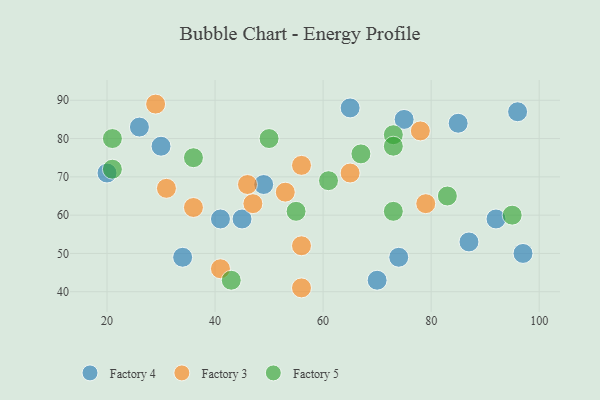
{"axis": {"x": "GDP", "y": "Life Expectancy"}, "legend": ["Factory 3", "Factory 4", "Factory 5"], "data": [{"x": "70", "y": 43, "type": "Factory 4"}, {"x": "87", "y": 53, "type": "Factory 4"}, {"x": "26", "y": 83, "type": "Factory 4"}, {"x": "49", "y": 68, "type": "Factory 4"}, {"x": "34", "y": 49, "type": "Factory 4"}, {"x": "20", "y": 71, "type": "Factory 4"}, {"x": "74", "y": 49, "type": "Factory 4"}, {"x": "92", "y": 59, "type": "Factory 4"}, {"x": "96", "y": 87, "type": "Factory 4"}, {"x": "30", "y": 78, "type": "Factory 4"}, {"x": "65", "y": 88, "type": "Factory 4"}, {"x": "41", "y": 59, "type": "Factory 4"}, {"x": "97", "y": 50, "type": "Factory 4"}, {"x": "75", "y": 85, "type": "Factory 4"}, {"x": "85", "y": 84, "type": "Factory 4"}, {"x": "45", "y": 59, "type": "Factory 4"}, {"x": "56", "y": 41, "type": "Factory 3"}, {"x": "79", "y": 63, "type": "Factory 3"}, {"x": "29", "y": 89, "type": "Factory 3"}, {"x": "65", "y": 71, "type": "Factory 3"}, {"x": "31", "y": 67, "type": "Factory 3"}, {"x": "47", "y": 63, "type": "Factory 3"}, {"x": "56", "y": 73, "type": "Factory 3"}, {"x": "46", "y": 68, "type": "Factory 3"}, {"x": "56", "y": 52, "type": "Factory 3"}, {"x": "36", "y": 62, "type": "Factory 3"}, {"x": "41", "y": 46, "type": "Factory 3"}, {"x": "78", "y": 82, "type": "Factory 3"}, {"x": "53", "y": 66, "type": "Factory 3"}, {"x": "95", "y": 60, "type": "Factory 5"}, {"x": "43", "y": 43, "type": "Factory 5"}, {"x": "67", "y": 76, "type": "Factory 5"}, {"x": "73", "y": 81, "type": "Factory 5"}, {"x": "61", "y": 69, "type": "Factory 5"}, {"x": "55", "y": 61, "type": "Factory 5"}, {"x": "36", "y": 75, "type": "Factory 5"}, {"x": "21", "y": 80, "type": "Factory 5"}, {"x": "50", "y": 80, "type": "Factory 5"}, {"x": "83", "y": 65, "type": "Factory 5"}, {"x": "73", "y": 78, "type": "Factory 5"}, {"x": "21", "y": 72, "type": "Factory 5"}, {"x": "73", "y": 61, "type": "Factory 5"}]}